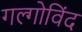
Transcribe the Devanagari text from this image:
गल्गोविंद